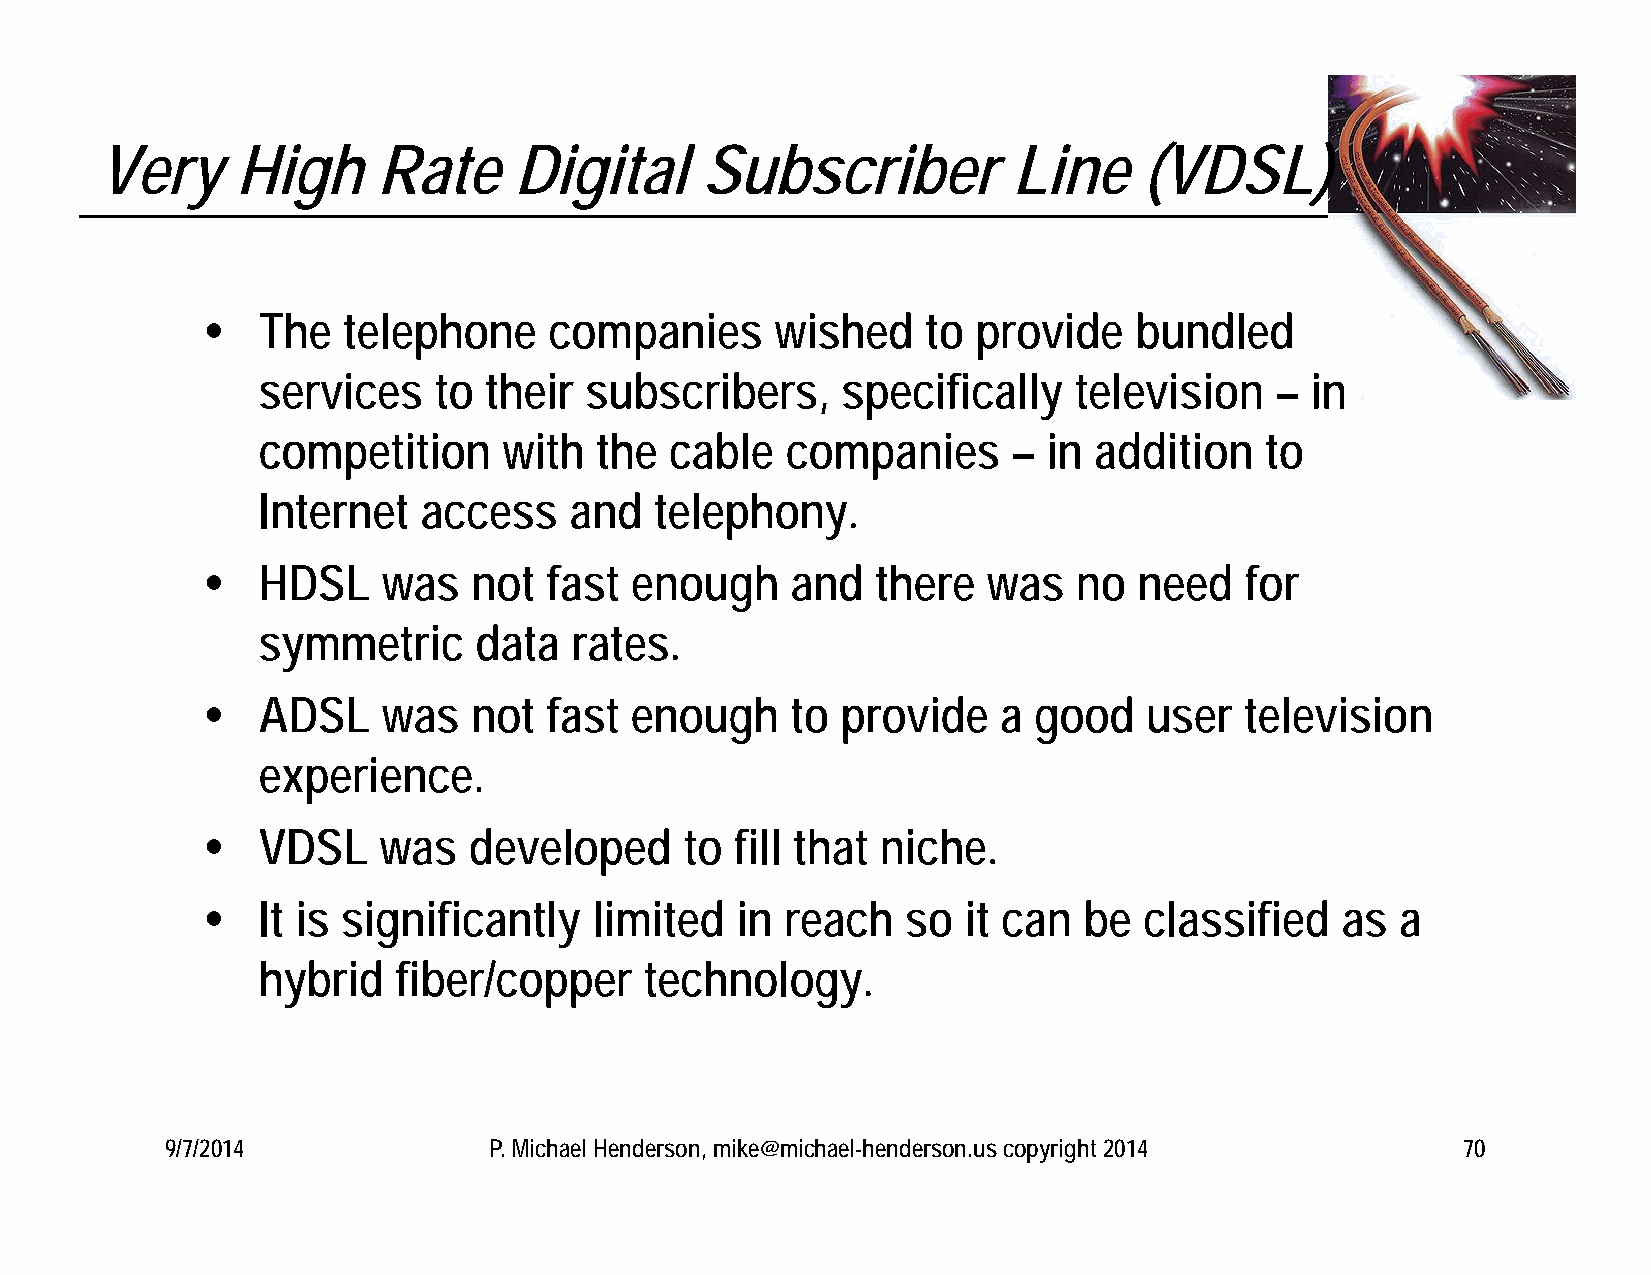
Very     High     Rate     Digital     Subscriber           Line     (VDSL)
    The   telephone    companies      wished    to  provide   bundled
 services    to their  subscribers,     specifically   television   –  in
 competition     with  the  cable   companies      – in addition    to
 Internet   access    and  telephony.
    HDSL    was   not  fast  enough    and   there  was   no  need   for
 symmetric     data   rates.
    ADSL    was   not  fast  enough    to  provide   a good    user  television
 experience.
    VDSL    was   developed     to  fill that niche.
    It is significantly   limited   in reach   so  it can  be  classified   as  a
 hybrid   fiber/copper     technology.
 9/7/2014             P. Michael Henderson, mike@michael-henderson.us copyright 2014   70